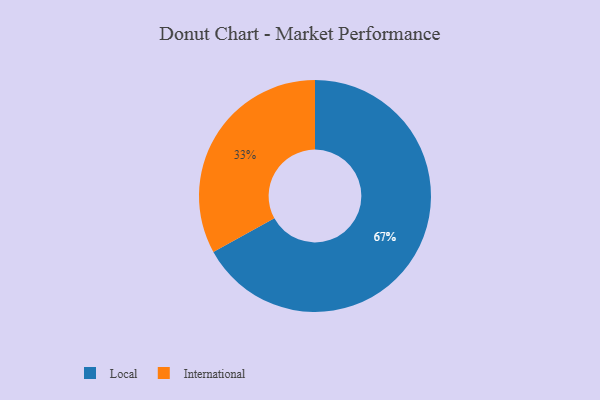
{"axis": {"x": "Category", "y": "Percentage"}, "legend": ["International", "Local"], "data": [{"x": "International", "y": 33, "type": "International"}, {"x": "Local", "y": 67, "type": "Local"}]}